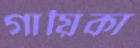
গায়িকা